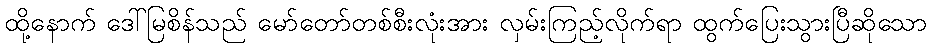
ထို့နောက် ဒေါ်မြစိန်သည် မော်တော်တစ်စီးလုံးအား လှမ်းကြည့်လိုက်ရာ ထွက်ပြေးသွားပြီဆိုသော